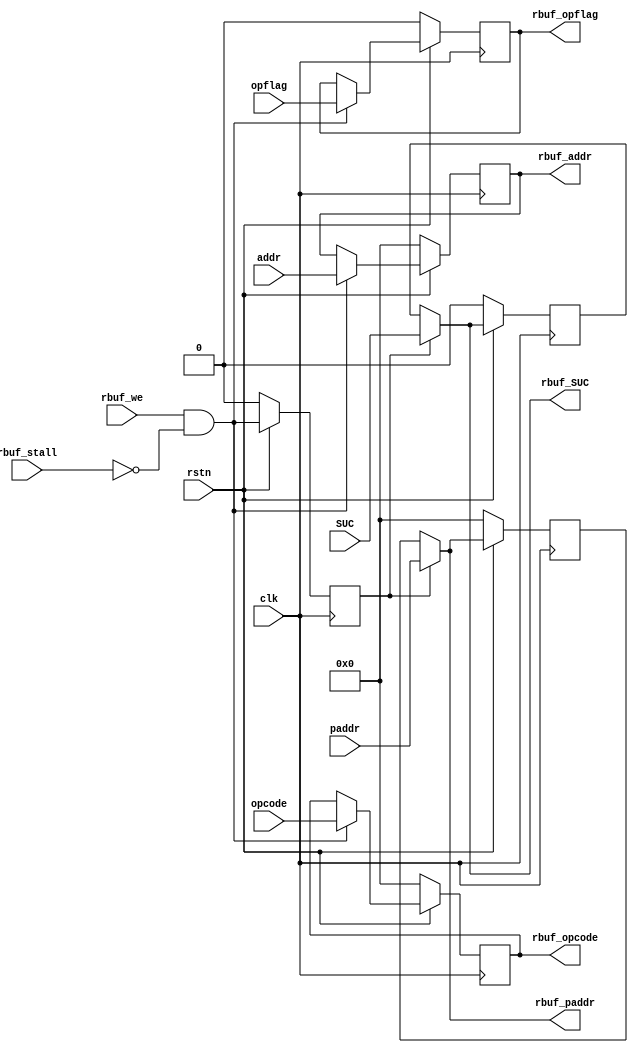
`timescale 1ns / 1ps
//////////////////////////////////////////////////////////////////////////////////
// Company: 
// Engineer: 
// 
// Design Name: 
// Module Name: Icache_rbuf
// Project Name: 
// Target Devices: 
// Tool Versions: 
// Description: 
// 
// Dependencies: 
// 
// Revision:
// Revision 0.01 - File Created
// Additional Comments:
// 
//////////////////////////////////////////////////////////////////////////////////


module Icache_rbuf#(
    parameter   offset_width=2
)//MMUrbuf_paddrrbuf_SUC
(
    input clk,rbuf_we,rbuf_stall,rstn,
    input [31:0]addr,paddr,opcode,
    output reg [31:0]rbuf_addr,rbuf_opcode,rbuf_paddr,
    input opflag,SUC,
    output reg rbuf_opflag,rbuf_SUC
    );
wire we = rbuf_we & ~rbuf_stall;
reg we_reg;
reg [31:0]rbuf_paddr1;
reg rbuf_SUC1;
always @(posedge clk) begin
    if(!rstn)begin
        we_reg <= 0;
        rbuf_addr <= 0;
        rbuf_opcode <= 0;
        rbuf_opflag <= 0;
        rbuf_paddr1 <= 0;
        rbuf_SUC1 <= 0;
    end
    else begin
        we_reg <= we;
        if(we)begin
            rbuf_addr <= addr;
            rbuf_opcode <= opcode;
            rbuf_opflag <= opflag;
        end
        if(we_reg)begin
            rbuf_paddr1 <= paddr;
            rbuf_SUC1 <= SUC; 
        end
    end
end
always @(*) begin
    rbuf_paddr = we_reg ? paddr : rbuf_paddr1;
    rbuf_SUC = we_reg ? SUC : rbuf_SUC1;
end
endmodule